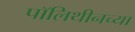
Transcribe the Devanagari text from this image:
पॉलिथीनच्या